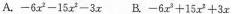
A.$$ - 6 x ^ { 2 } - 1 5 x ^ { 2 }-3 x$$ B.$$- 6 x ^ { 3 } + 1 5 x ^ { 2 }+3 x$$